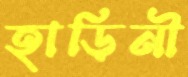
হাড়িনী